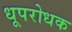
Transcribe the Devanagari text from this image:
धूपरोधक